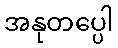
အနုတပ္ပေါ